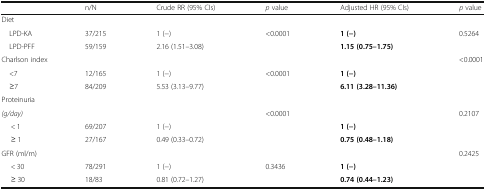
<table><thead><tr><td></td><td><b>n/N</b></td><td><b>Crude RR (95% CIs)</b></td><td><b><i>p</i> value</b></td><td><b>Adjusted HR (95% CIs)</b></td><td><b><i>p</i> value</b></td></tr></thead><tbody><tr><td colspan="6">Diet</td></tr><tr><td> LPD-KA</td><td>37/215</td><td>1 (−)</td><td>&lt;0.0001</td><td><b>1 (−)</b></td><td rowspan="2">0.5264</td></tr><tr><td> LPD-PFF</td><td>59/159</td><td>2.16 (1.51–3.08)</td><td></td><td><b>1.15 (0.75–1.75)</b></td></tr><tr><td colspan="5">Charlson index</td><td rowspan="3">&lt;0.0001</td></tr><tr><td> &lt;7</td><td>12/165</td><td>1 (−)</td><td>&lt;0.0001</td><td><b>1 (−)</b></td></tr><tr><td> ≥7</td><td>84/209</td><td>5.53 (3.13–9.77)</td><td></td><td><b>6.11 (3.28–11.36)</b></td></tr><tr><td colspan="6">Proteinuria</td></tr><tr><td><i>(g/day)</i></td><td></td><td></td><td>&lt;0.0001</td><td></td><td rowspan="3">0.2107</td></tr><tr><td>&lt; 1</td><td>69/207</td><td>1 (−)</td><td></td><td><b>1 (−)</b></td></tr><tr><td>≥ 1</td><td>27/167</td><td>0.49 (0.33–0.72)</td><td></td><td><b>0.75 (0.48–1.18)</b></td></tr><tr><td colspan="5">GFR (ml/m)</td><td rowspan="3">0.2425</td></tr><tr><td>&lt; 30</td><td>78/291</td><td>1 (−)</td><td>0.3436</td><td><b>1 (−)</b></td></tr><tr><td>≥ 30</td><td>18/83</td><td>0.81 (0.72–1.27)</td><td></td><td><b>0.74 (0.44–1.23)</b></td></tr></tbody></table>